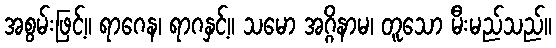
အစွမ်းဖြင့်။ ရာဂေန၊ ရာဂနှင့်။ သမော အဂ္ဂိနာမ၊ တူသော မီးမည်သည်။